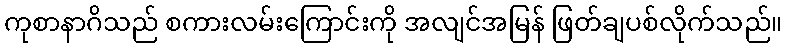
ကုစာနာဂိသည် စကားလမ်းကြောင်းကို အလျင်အမြန် ဖြတ်ချပစ်လိုက်သည်။